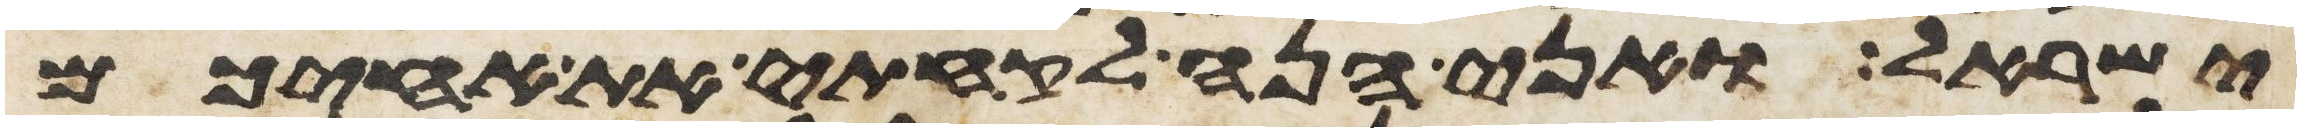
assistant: ישראל ואני הנה לקחתי את אחיכם